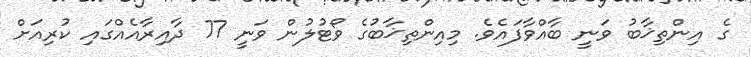
ގެ އިންތިޚާބު ވަނީ ބާއްވާފައެވެ. މިއިންތިޚާބުގެ ވޯޓުލުން ވަނީ 77 ދާއިރާއެއްގައި ކުރިއަށް